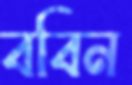
ববিন